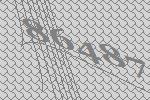
86487